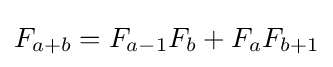
F_{a+b}=F_{a-1}F_{b}+F_{a}F_{b+1}